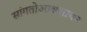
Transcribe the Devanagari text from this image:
सांगतोआश्वलायन